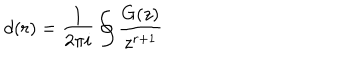
d ( r ) = \frac { 1 } { 2 \pi i } \oint \frac { G ( z ) } { z ^ { r + 1 } }